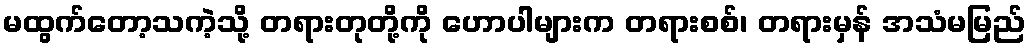
မထွက်တော့သကဲ့သို့ တရားတုတို့ကို ဟောပါများက တရားစစ်၊ တရားမှန် အသံမမြည်